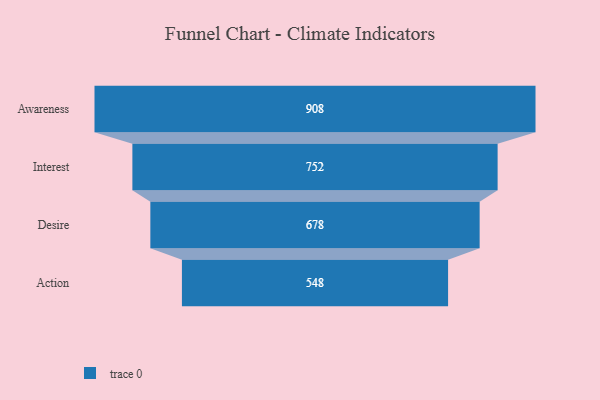
{"axis": {"x": "Stage", "y": "Value"}, "legend": [""], "data": [{"x": "Awareness", "y": 908.0, "type": ""}, {"x": "Interest", "y": 752.0, "type": ""}, {"x": "Desire", "y": 678.0, "type": ""}, {"x": "Action", "y": 548.0, "type": ""}]}